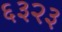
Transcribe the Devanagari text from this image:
६३२३